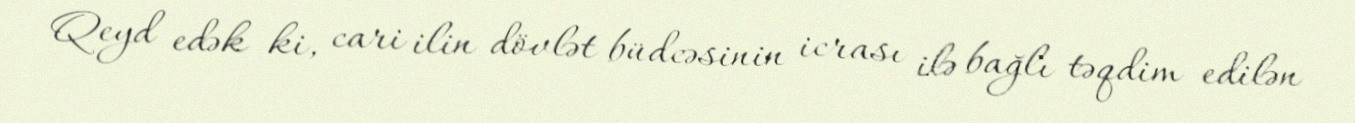
Qeyd edək ki, cari ilin dövlət büdcəsinin icrası ilə bağlı təqdim edilən